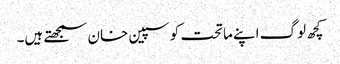
کچھ لوگ اپنے ماتحت کو سپین خان سمجھتے ہیں۔